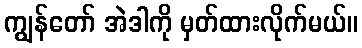
ကျွန်တော် အဲဒါကို မှတ်ထားလိုက်မယ်။